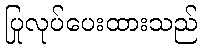
ပြုလုပ်ပေးထားသည်